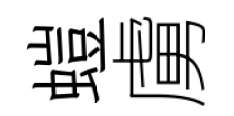
螘虜